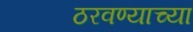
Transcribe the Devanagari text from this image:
ठरवण्याच्या